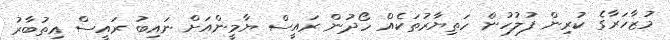
މުޒާހަރާގެ ކުރިން ފުލުހުން ހަތިޔާރުތަކެއް ހޯދުން ރައީސް ޔާމީންއަށް ނައިބު ރައީސް އިތުބާރު